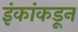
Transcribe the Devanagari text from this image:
इंकांकडून